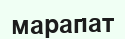
марапат